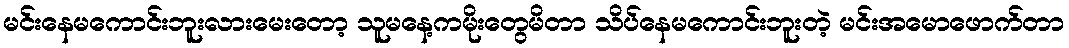
မင်းနေမကောင်းဘူးလားမေးတော့ သူမနေ့ကမိုးတွေမိတာ သိပ်နေမကောင်းဘူးတဲ့ မင်းအမောဖောက်တာ